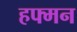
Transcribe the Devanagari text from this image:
हफ्मन